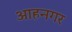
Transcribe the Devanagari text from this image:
आहनगर